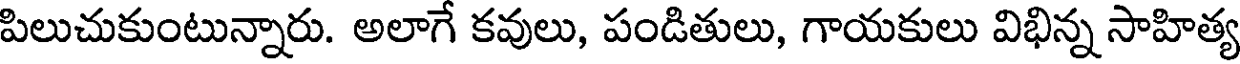
పిలుచుకుంటున్నారు. అలాగే కవులు, పండితులు, గాయకులు విభిన్న సాహిత్య